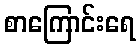
စာကြောင်းရေ